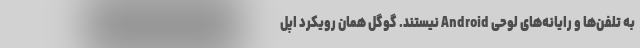
به تلفن‌ها و رایانه‌های لوحی Android نیستند. گوگل همان رویکرد اپل